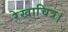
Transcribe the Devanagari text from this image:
रेखाचित्र।